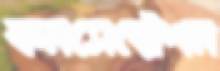
কনসেন্ট্রেশন